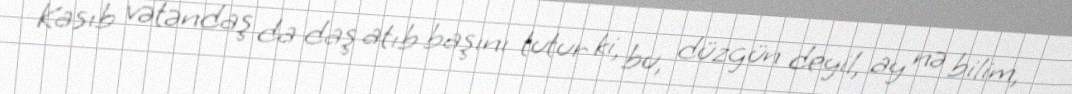
Kasıb vətəndaş da daş atıb başını tutur ki, bu, düzgün deyil, ay nə bilim,